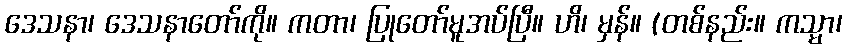
ဒေသနာ၊ ဒေသနာတော်ကို။ ကတာ၊ ပြုတော်မူအပ်ပြီ။ ဟိ၊ မှန်။ (တစ်နည်း။ ကသ္မာ၊